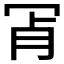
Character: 𦙎